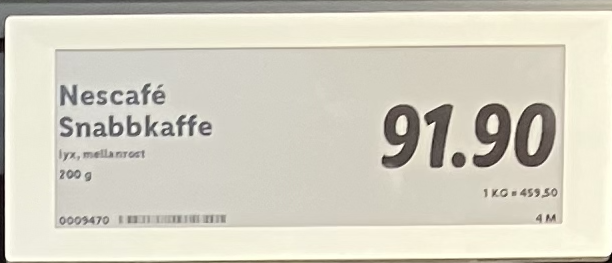
Vara: Nescafé Snabbkaffe
Genomsnittspris: 459.5 per kg